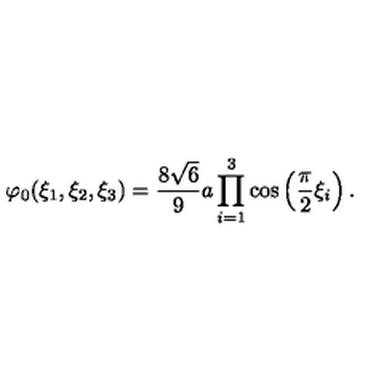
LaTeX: \varphi _ { 0 } ( \xi _ { 1 } , \xi _ { 2 } , \xi _ { 3 } ) = \frac { 8 \sqrt { 6 } } { 9 } a \prod _ { i = 1 } ^ { 3 } \cos \left( \frac { \pi } { 2 } \xi _ { i } \right) .